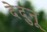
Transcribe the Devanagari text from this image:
देदुनू